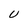
Character: U